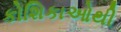
કોશિકાઓથી